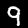
Label: 9